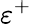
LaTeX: \varepsilon^{+}